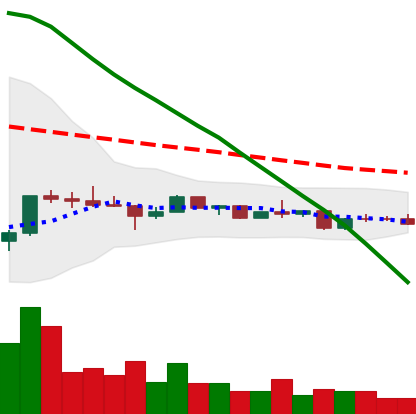
Ticker: ETC-USD
Chart end date: 2022-12-11
Forward return: -15.792%
Label: down_7plus